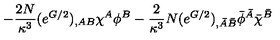
- \frac { 2 N } { \kappa ^ { 3 } } ( e ^ { G / 2 } ) _ { , A B } \chi ^ { A } \phi ^ { B } - \frac { 2 } { \kappa ^ { 3 } } N ( e ^ { G / 2 } ) _ { , \bar { A } \bar { B } } \bar { \phi } ^ { \bar { A } } \bar { \chi } ^ { \bar { B } }